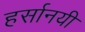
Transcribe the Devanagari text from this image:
हर्सानयी